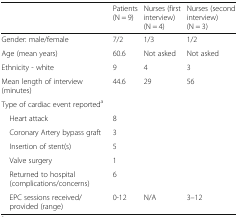
<table><thead><tr><td></td><td><b>Patients (N = 9)</b></td><td><b>Nurses (first interview) (N = 4)</b></td><td><b>Nurses (second interview) (N = 3)</b></td></tr></thead><tbody><tr><td>Gender: male/female</td><td>7/2</td><td>1/3</td><td>1/2</td></tr><tr><td>Age (mean years)</td><td>60.6</td><td>Not asked</td><td>Not asked</td></tr><tr><td>Ethnicity - white</td><td>9</td><td>4</td><td>3</td></tr><tr><td>Mean length of interview (minutes)</td><td>44.6</td><td>29</td><td>56</td></tr><tr><td colspan="4">Type of cardiac event reported<sup>a</sup></td></tr><tr><td> Heart attack</td><td>8</td><td></td><td></td></tr><tr><td> Coronary Artery bypass graft</td><td>3</td><td></td><td></td></tr><tr><td> Insertion of stent(s)</td><td>5</td><td></td><td></td></tr><tr><td> Valve surgery</td><td>1</td><td></td><td></td></tr><tr><td> Returned to hospital (complications/concerns)</td><td>6</td><td></td><td></td></tr><tr><td> EPC sessions received/provided (range)</td><td>0-12</td><td>N/A</td><td>3–12</td></tr></tbody></table>